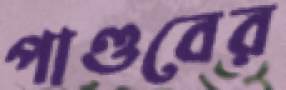
পাণ্ডবের